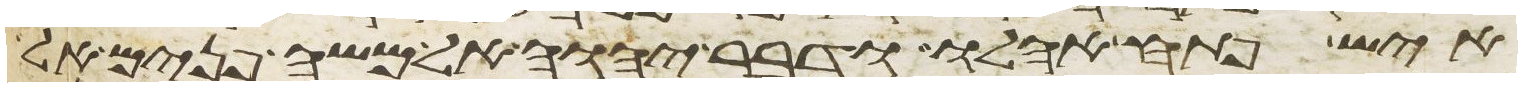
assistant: איש פתח אהלו ודבר יהוה אל משה פנים אל